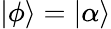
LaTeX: \mathinner{|{\phi}\rangle}=\mathinner{|{\alpha}\rangle}